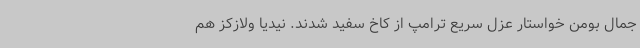
جمال بومن خواستار عزل سریع ترامپ از کاخ سفید شدند. نیدیا ولازکز هم